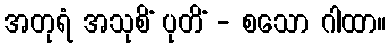
အတုရံ အသုစိံ ပုတိံ - စသော ဂါထာ။